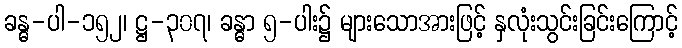
ခန္ဓ-ပါ-၁၅၂၊ ဋ္ဌ-၃၀၇၊ ခန္ဓာ ၅-ပါး၌ များသောအားဖြင့် နှလုံးသွင်းခြင်းကြောင့်